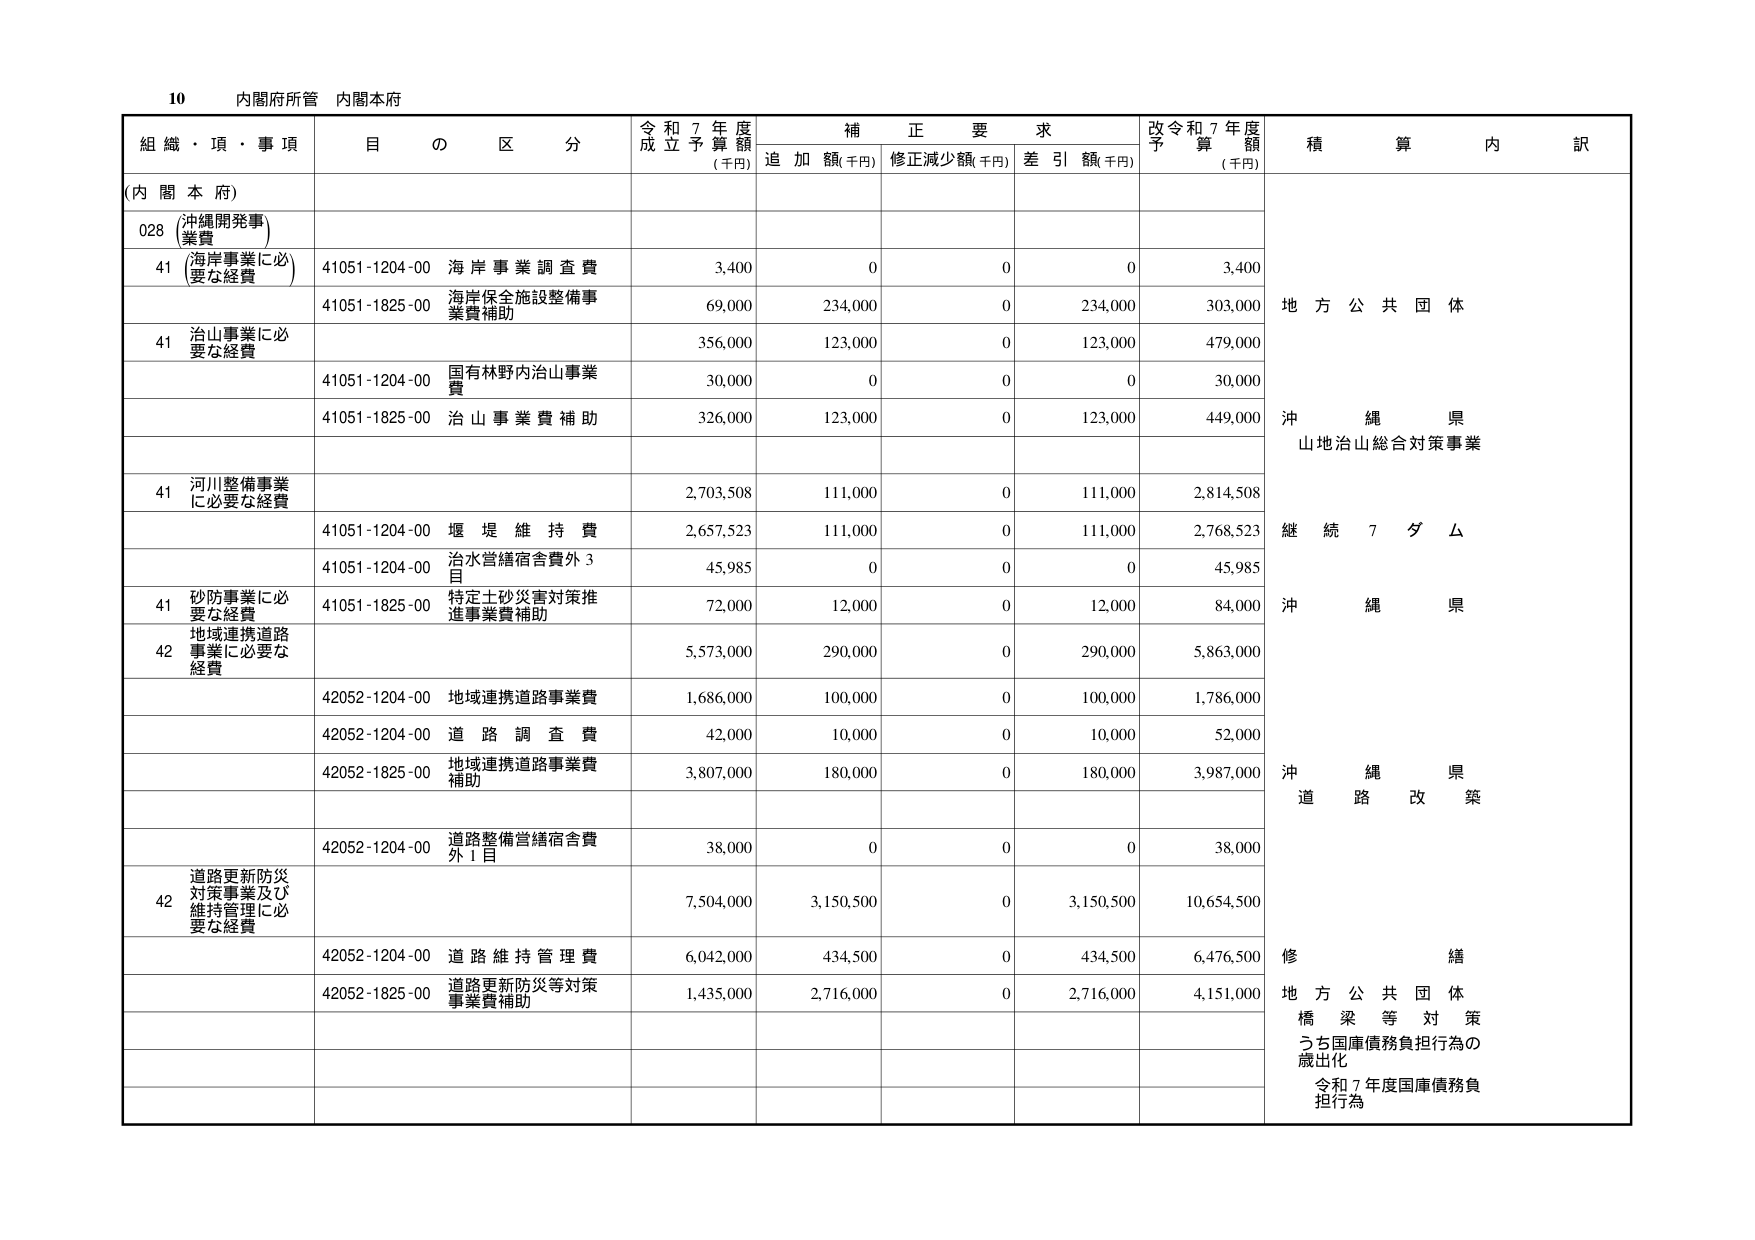
10 内閣府所管 内閣本府

組織・項・事項 目の区分 令和7年度成立予算額(千円) 補正要求 追加額(千円) 修正減少額(千円) 差引額(千円) 改令和7年度予算額(千円) 積算内訳

(内閣本府)

028 沖縄開発事業費

41 (海岸事業に必要な経費) 41051-1204-00 海岸事業調査費 3,400 0 0 0 3,400

41051-1825-00 海岸保全施設整備事業費補助 69,000 234,000 0 234,000 303,000

41 治山事業に必要な経費 356,000 123,000 0 123,000 479,000

41051-1204-00 国有林野内治山事業費 30,000 0 0 0 30,000

41051-1825-00 治山事業費補助 326,000 123,000 0 123,000 449,000

41 河川整備事業に必要な経費 2,703,508 111,000 0 111,000 2,814,508

41051-1204-00 堰堤維持費 2,657,523 111,000 0 111,000 2,768,523

41051-1204-00 治水営繕宿含費外3目 45,985 0 0 0 45,985

41 砂防事業に必要な経費 41051-1825-00 特定土砂災害対策推進事業費補助 72,000 12,000 0 12,000 84,000

42 地域連携道路事業に必要な経費 5,573,000 290,000 0 290,000 5,863,000

42052-1204-00 地域連携道路事業費 1,686,000 100,000 0 100,000 1,786,000

42052-1204-00 道路調査費 42,000 10,000 0 10,000 52,000

42052-1825-00 地域連携道路事業費補助 3,807,000 180,000 0 180,000 3,987,000

42052-1204-00 道路整備営繕宿含費外1目 38,000 0 0 0 38,000

42 道路更新防災対策事業及び維持管理に必要な経費 7,504,000 3,150,500 0 3,150,500 10,654,500

42052-1204-00 道路維持管理費 6,042,000 434,500 0 434,500 6,476,500

42052-1825-00 道路更新防災等対策事業費補助 1,435,000 2,716,000 0 2,716,000 4,151,000

地方公共団体

沖縄県 山地治山総合対策事業

継続7ダム

沖縄県

沖縄県 道路改築

修繕

地方公共団体 橋梁等対策 うち国庫債務負担行為の歳出化 令和7年度国庫債務負担行為